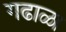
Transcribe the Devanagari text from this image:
गढाळा